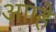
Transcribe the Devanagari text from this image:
आाहे